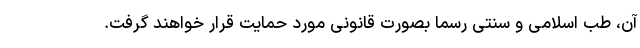
آن، طب اسلامی و سنتی رسما بصورت قانونی مورد حمایت قرار خواهند گرفت.